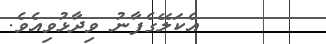
އެކަލޭގެފާނު ވިދާޅުވިއެވެ.